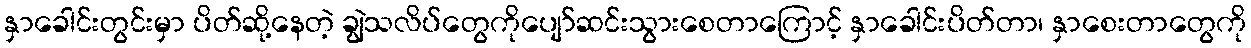
နှာခေါင်းတွင်းမှာ ပိတ်ဆို့နေတဲ့ ချွဲသလိပ်တွေကိုပျော်ဆင်းသွားစေတာကြောင့် နှာခေါင်းပိတ်တာ၊ နှာစေးတာတွေကို